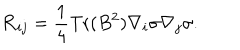
LaTeX: { \cal R } _ { i j } = \frac { 1 } { 4 } \mathrm { T r } ( B ^ { 2 } ) \nabla _ { i } \sigma \nabla _ { j } \sigma .